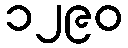
၁၂၉၀